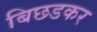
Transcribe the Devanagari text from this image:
बिछडकर